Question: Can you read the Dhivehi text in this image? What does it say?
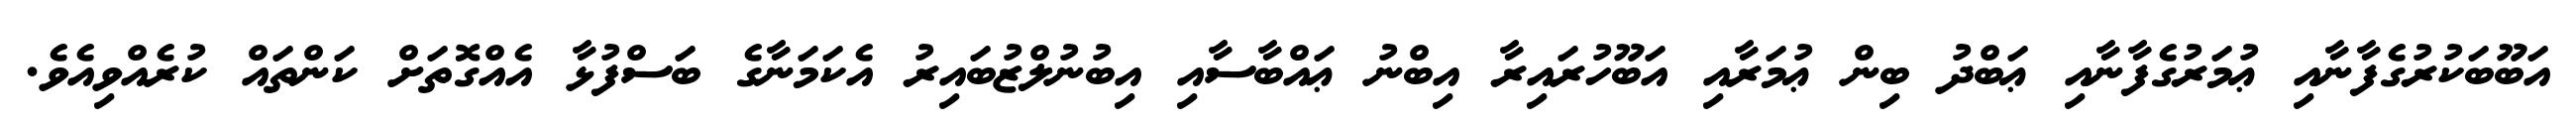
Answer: އަބޫބަކުރުގެފާނާއި ޢުމަރުގެފާނާއި ޢަބްދު ބިން ޢުމަރާއި އަބޫހުރައިރާ އިބްނު ޢައްބާސާއި އިބުނުލްޒުބައިރު އެކަމަނާގެ ބަސްފުޅާ އެއްގޮތަށް ކަންތައް ކުރެއްވިއެވެ.